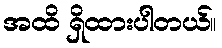
အထိ ရှိထားပါတယ်။